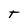
Character: T